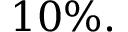
1 0 \% .